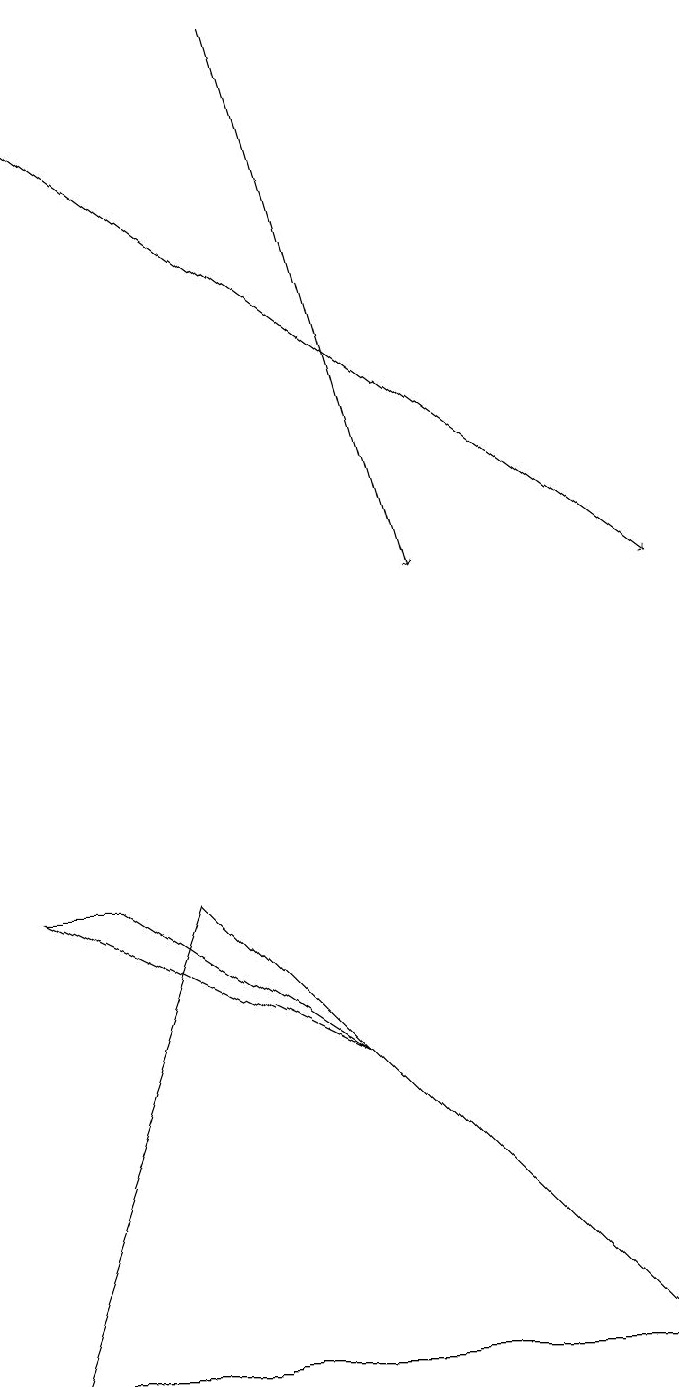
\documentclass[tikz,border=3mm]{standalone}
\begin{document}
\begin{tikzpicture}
\draw[->] (3,19) -- (5,12);
\draw (2,8) -- (0,2) -- (8,2) -- cycle;
\draw[->] (0,18) -- (8,12);
\draw (1,8) -- (0,8) -- (4,6) -- cycle;
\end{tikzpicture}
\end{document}